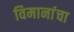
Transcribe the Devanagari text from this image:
विमानांंचा